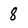
Character: 8